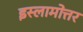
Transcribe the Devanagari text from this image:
इस्लामोत्तर